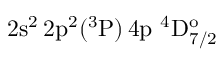
\mathrm { 2 s ^ { 2 } \, 2 p ^ { 2 } ( ^ { 3 } P ) \, 4 p ~ ^ { 4 } D _ { 7 / 2 } ^ { o } }